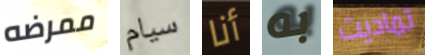
ممرضه سيام أنا به تماديت